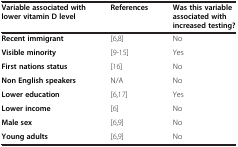
| Variable associated with lower vitamin D level | References | Was this variable associated with increased testing? |
 | --- | --- | --- |
 | Recent immigrant | [6,8] | No |
 | Visible minority | [9-15] | Yes |
 | First nations status | [16] | No |
 | Non English speakers | N/A | No |
 | Lower education | [6,17] | Yes |
 | Lower income | [6] | No |
 | Male sex | [6,9] | No |
 | Young adults | [6,9] | No |